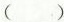
( )